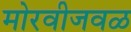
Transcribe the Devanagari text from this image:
मोरवीजवळ